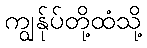
ကျွန်ုပ်တို့ထံသို့